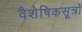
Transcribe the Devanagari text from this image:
वैशेषिकसूत्रों